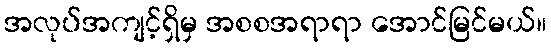
အလုပ်အကျင့်ရှိမှ အစစအရာရာ အောင်မြင်မယ်။